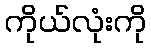
ကိုယ်လုံးကို